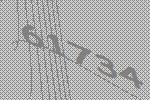
61734